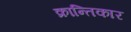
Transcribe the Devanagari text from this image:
क्रान्तिकार